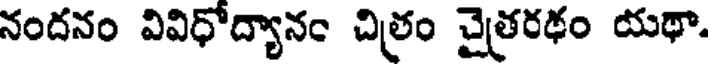
నందనం వివిధోద్యానం చిత్రం చైత్రరథం యథా.